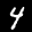
Label: 4